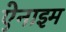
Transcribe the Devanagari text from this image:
ऐनाइम